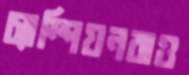
চ্যাম্পিয়নরাও